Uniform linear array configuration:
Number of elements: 12
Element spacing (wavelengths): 0.75
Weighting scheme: kaiser
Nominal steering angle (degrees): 15
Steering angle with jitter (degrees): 13.256
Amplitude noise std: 0.05
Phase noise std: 0.05

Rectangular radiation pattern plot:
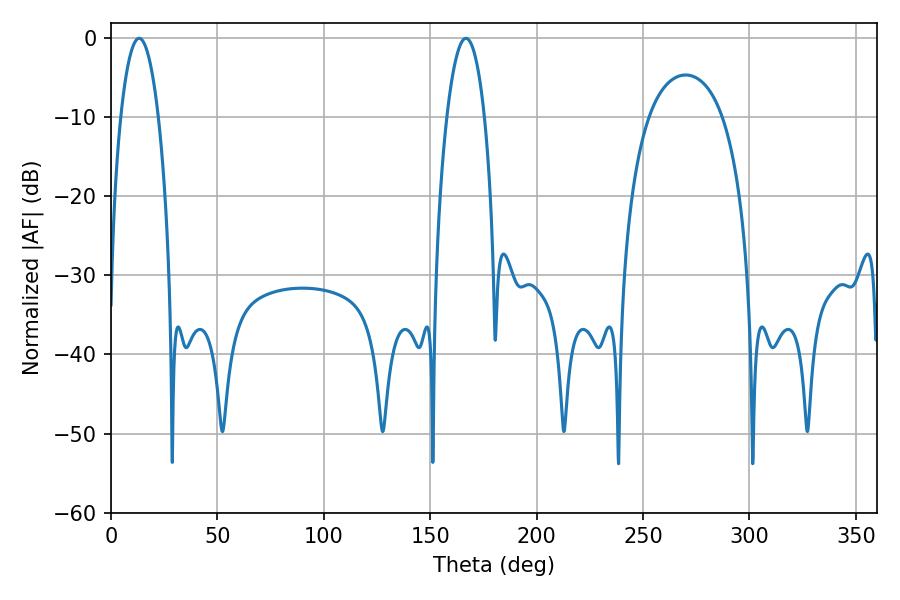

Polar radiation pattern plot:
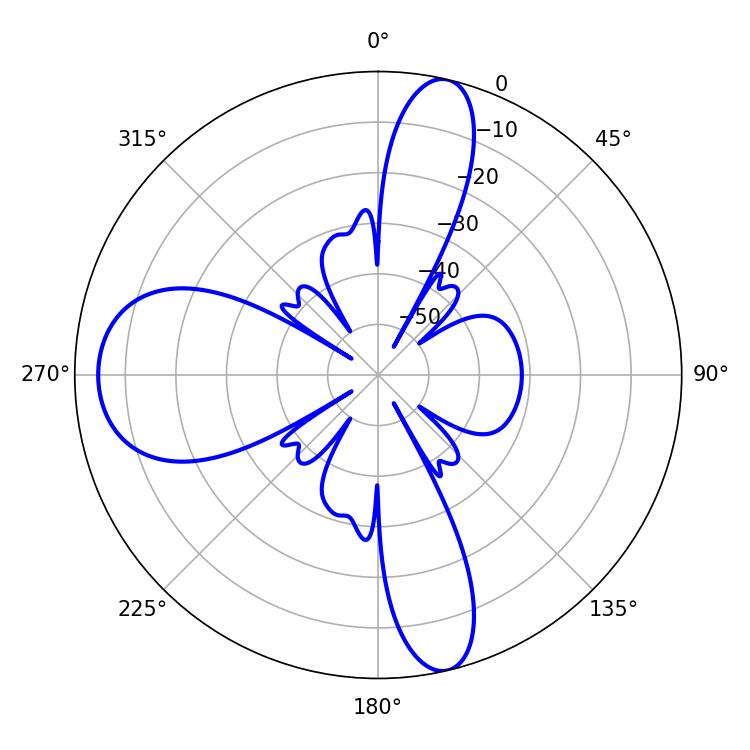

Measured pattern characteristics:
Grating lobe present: TRUE
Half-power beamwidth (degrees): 9.9
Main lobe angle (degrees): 13.14